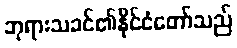
ဘုရားသခင်၏နိုင်ငံတော်သည်